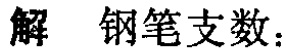
解 钢笔支数：